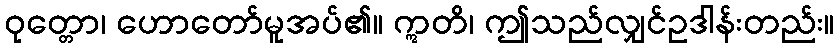
ဝုတ္တော၊ ဟောတော်မူအပ်၏။ ဣတိ၊ ဤသည်လျှင်ဥဒါန်းတည်း။